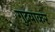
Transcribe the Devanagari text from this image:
गुदवाकर